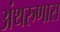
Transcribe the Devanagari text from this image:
अंथरुणास